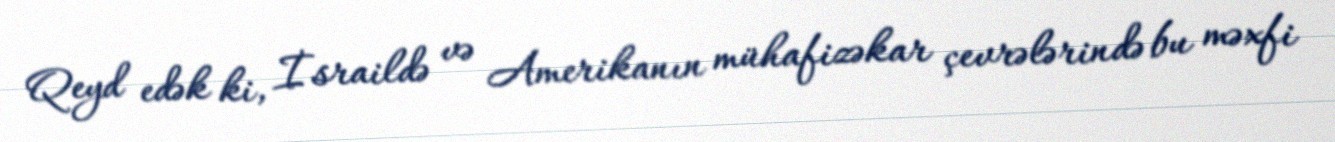
Qeyd edək ki, İsraildə və Amerikanın mühafizəkar çevrələrində bu məxfi